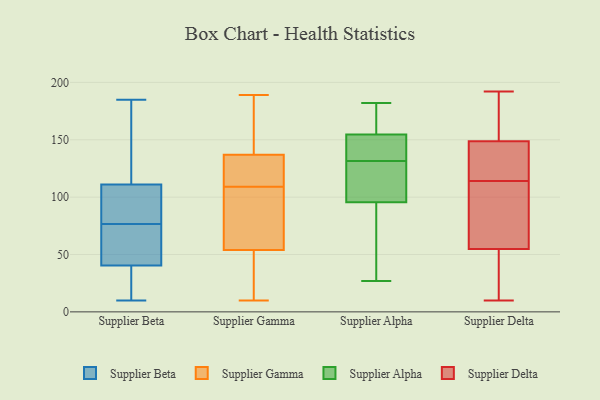
{"axis": {"x": "LTV (USD)", "y": "Value"}, "legend": ["Supplier Alpha", "Supplier Beta", "Supplier Delta", "Supplier Gamma"], "data": [{"x": "", "y": 185, "type": "Supplier Beta"}, {"x": "", "y": 156, "type": "Supplier Beta"}, {"x": "", "y": 78, "type": "Supplier Beta"}, {"x": "", "y": 96, "type": "Supplier Beta"}, {"x": "", "y": 67, "type": "Supplier Beta"}, {"x": "", "y": 156, "type": "Supplier Beta"}, {"x": "", "y": 26, "type": "Supplier Beta"}, {"x": "", "y": 77, "type": "Supplier Beta"}, {"x": "", "y": 156, "type": "Supplier Beta"}, {"x": "", "y": 64, "type": "Supplier Beta"}, {"x": "", "y": 79, "type": "Supplier Beta"}, {"x": "", "y": 30, "type": "Supplier Beta"}, {"x": "", "y": 51, "type": "Supplier Beta"}, {"x": "", "y": 26, "type": "Supplier Beta"}, {"x": "", "y": 68, "type": "Supplier Beta"}, {"x": "", "y": 122, "type": "Supplier Beta"}, {"x": "", "y": 100, "type": "Supplier Beta"}, {"x": "", "y": 76, "type": "Supplier Beta"}, {"x": "", "y": 10, "type": "Supplier Beta"}, {"x": "", "y": 24, "type": "Supplier Beta"}, {"x": "", "y": 136, "type": "Supplier Gamma"}, {"x": "", "y": 94, "type": "Supplier Gamma"}, {"x": "", "y": 54, "type": "Supplier Gamma"}, {"x": "", "y": 40, "type": "Supplier Gamma"}, {"x": "", "y": 189, "type": "Supplier Gamma"}, {"x": "", "y": 98, "type": "Supplier Gamma"}, {"x": "", "y": 178, "type": "Supplier Gamma"}, {"x": "", "y": 110, "type": "Supplier Gamma"}, {"x": "", "y": 51, "type": "Supplier Gamma"}, {"x": "", "y": 174, "type": "Supplier Gamma"}, {"x": "", "y": 120, "type": "Supplier Gamma"}, {"x": "", "y": 10, "type": "Supplier Gamma"}, {"x": "", "y": 108, "type": "Supplier Gamma"}, {"x": "", "y": 18, "type": "Supplier Gamma"}, {"x": "", "y": 137, "type": "Supplier Gamma"}, {"x": "", "y": 78, "type": "Supplier Gamma"}, {"x": "", "y": 171, "type": "Supplier Gamma"}, {"x": "", "y": 117, "type": "Supplier Gamma"}, {"x": "", "y": 148, "type": "Supplier Alpha"}, {"x": "", "y": 163, "type": "Supplier Alpha"}, {"x": "", "y": 132, "type": "Supplier Alpha"}, {"x": "", "y": 128, "type": "Supplier Alpha"}, {"x": "", "y": 161, "type": "Supplier Alpha"}, {"x": "", "y": 117, "type": "Supplier Alpha"}, {"x": "", "y": 182, "type": "Supplier Alpha"}, {"x": "", "y": 117, "type": "Supplier Alpha"}, {"x": "", "y": 74, "type": "Supplier Alpha"}, {"x": "", "y": 27, "type": "Supplier Alpha"}, {"x": "", "y": 131, "type": "Supplier Alpha"}, {"x": "", "y": 161, "type": "Supplier Alpha"}, {"x": "", "y": 41, "type": "Supplier Alpha"}, {"x": "", "y": 61, "type": "Supplier Alpha"}, {"x": "", "y": 136, "type": "Supplier Alpha"}, {"x": "", "y": 136, "type": "Supplier Alpha"}, {"x": "", "y": 10, "type": "Supplier Delta"}, {"x": "", "y": 192, "type": "Supplier Delta"}, {"x": "", "y": 48, "type": "Supplier Delta"}, {"x": "", "y": 114, "type": "Supplier Delta"}, {"x": "", "y": 179, "type": "Supplier Delta"}, {"x": "", "y": 63, "type": "Supplier Delta"}, {"x": "", "y": 82, "type": "Supplier Delta"}, {"x": "", "y": 145, "type": "Supplier Delta"}, {"x": "", "y": 27, "type": "Supplier Delta"}, {"x": "", "y": 57, "type": "Supplier Delta"}, {"x": "", "y": 142, "type": "Supplier Delta"}, {"x": "", "y": 160, "type": "Supplier Delta"}, {"x": "", "y": 124, "type": "Supplier Delta"}]}